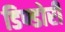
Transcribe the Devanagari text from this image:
डिण्डोरी